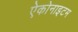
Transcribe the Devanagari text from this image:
ऐकोनाइटम